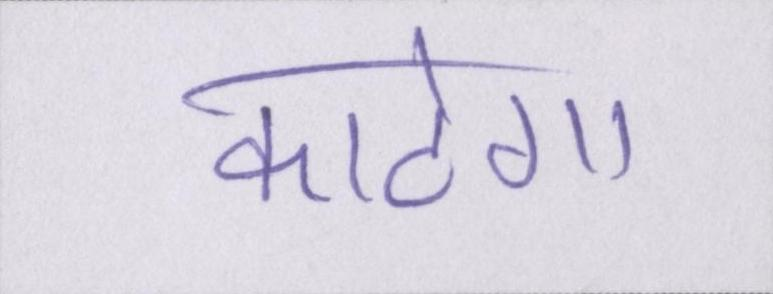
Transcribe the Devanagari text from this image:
काटेगा